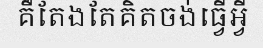
គឺតែងតែគិតចង់ធ្វើអ្វី